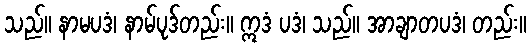
သည်။ နာမပဒံ၊ နာမ်ပုဒ်တည်း။ ဣဒံ ပဒံ၊ သည်။ အာချာတပဒံ၊ တည်း။